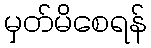
မှတ်မိစေရန်